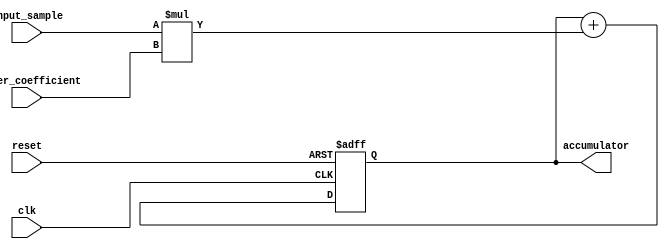
module fir_filter_accumulator (
  input clk,
  input reset,
  input signed [15:0] input_sample,
  input signed [15:0] filter_coefficient,
  output reg signed [31:0] accumulator
);

  always @(posedge clk or posedge reset) begin
    if (reset) begin
      accumulator <= 0;
    end else begin
      accumulator <= accumulator + input_sample * filter_coefficient;
    end
  end

endmodule